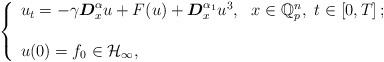
LaTeX: \begin{align*}\left\{\begin{array}[c]{ll}u_{t}=-\gamma\boldsymbol{D}_{x}^{\alpha}u+F(u)+\boldsymbol{D}_{x}^{\alpha_{1}}u^{3}, & x\in\mathbb{Q}_{p}^{n},\ t\in\left[ 0,T\right] ;\\& \\u(0)=f_{0}\in\mathcal{H}_{\infty}, &\end{array}\right. \end{align*}